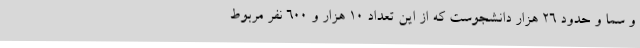
و سما و حدود 26 هزار دانشجوست که از این تعداد 10 هزار و 600 نفر مربوط